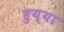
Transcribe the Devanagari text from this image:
हुय्या